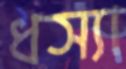
ধস্যা